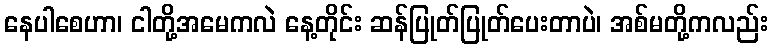
နေပါစေဟာ၊ ငါတို့အမေကလဲ နေ့တိုင်း ဆန်ပြုတ်ပြုတ်ပေးတာပဲ၊ အစ်မတို့ကလည်း